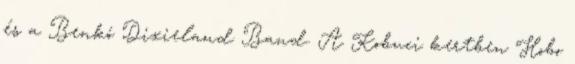
és a Benkó Dixieland Band. A Kobuci kertben Hobo